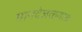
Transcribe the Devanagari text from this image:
मानदेजळगाव